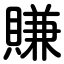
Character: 賺